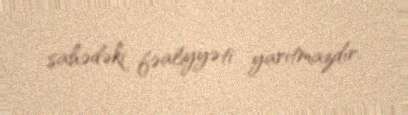
sahədəki fəaliyyəti yarıtmazdır.